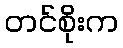
တင်စိုးက